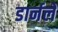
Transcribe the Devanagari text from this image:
डार्नले